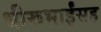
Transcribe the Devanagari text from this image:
धीरूभाईंसह